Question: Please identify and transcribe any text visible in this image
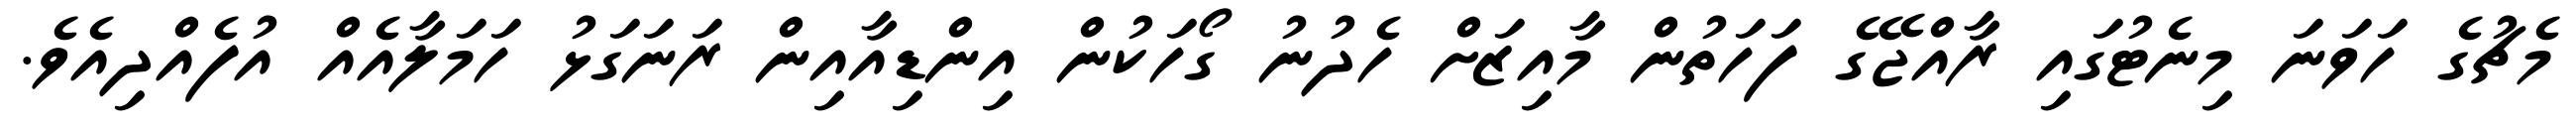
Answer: މެޗުގެ ހަވަނަ މިނެޓުގައި ރާއްޖޭގެ ފަހަތުން މާއިޒަށް ހެދުނު ގޯހަކުން އިންޑިއާއިން ރަނަގަޅު ހަމަލާއެއް އުފެއްދިއެވެ.